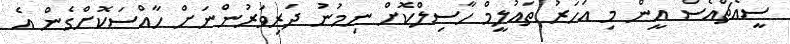
ސީއެޗްއެސް އީން މި އަހަރު ތައުލީމް ހާސިލްކޮށް ނިމުނު ދަރިވަރުންނަށް ހާއްސަކޮށްގެން އެ